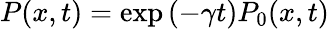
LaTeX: P(x,t)=\exp{(-\gamma t)}P_{0}(x,t)